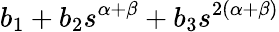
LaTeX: b_{1}+b_{2}s^{\alpha+\beta}+b_{3}s^{2\left(\alpha+\beta\right)}